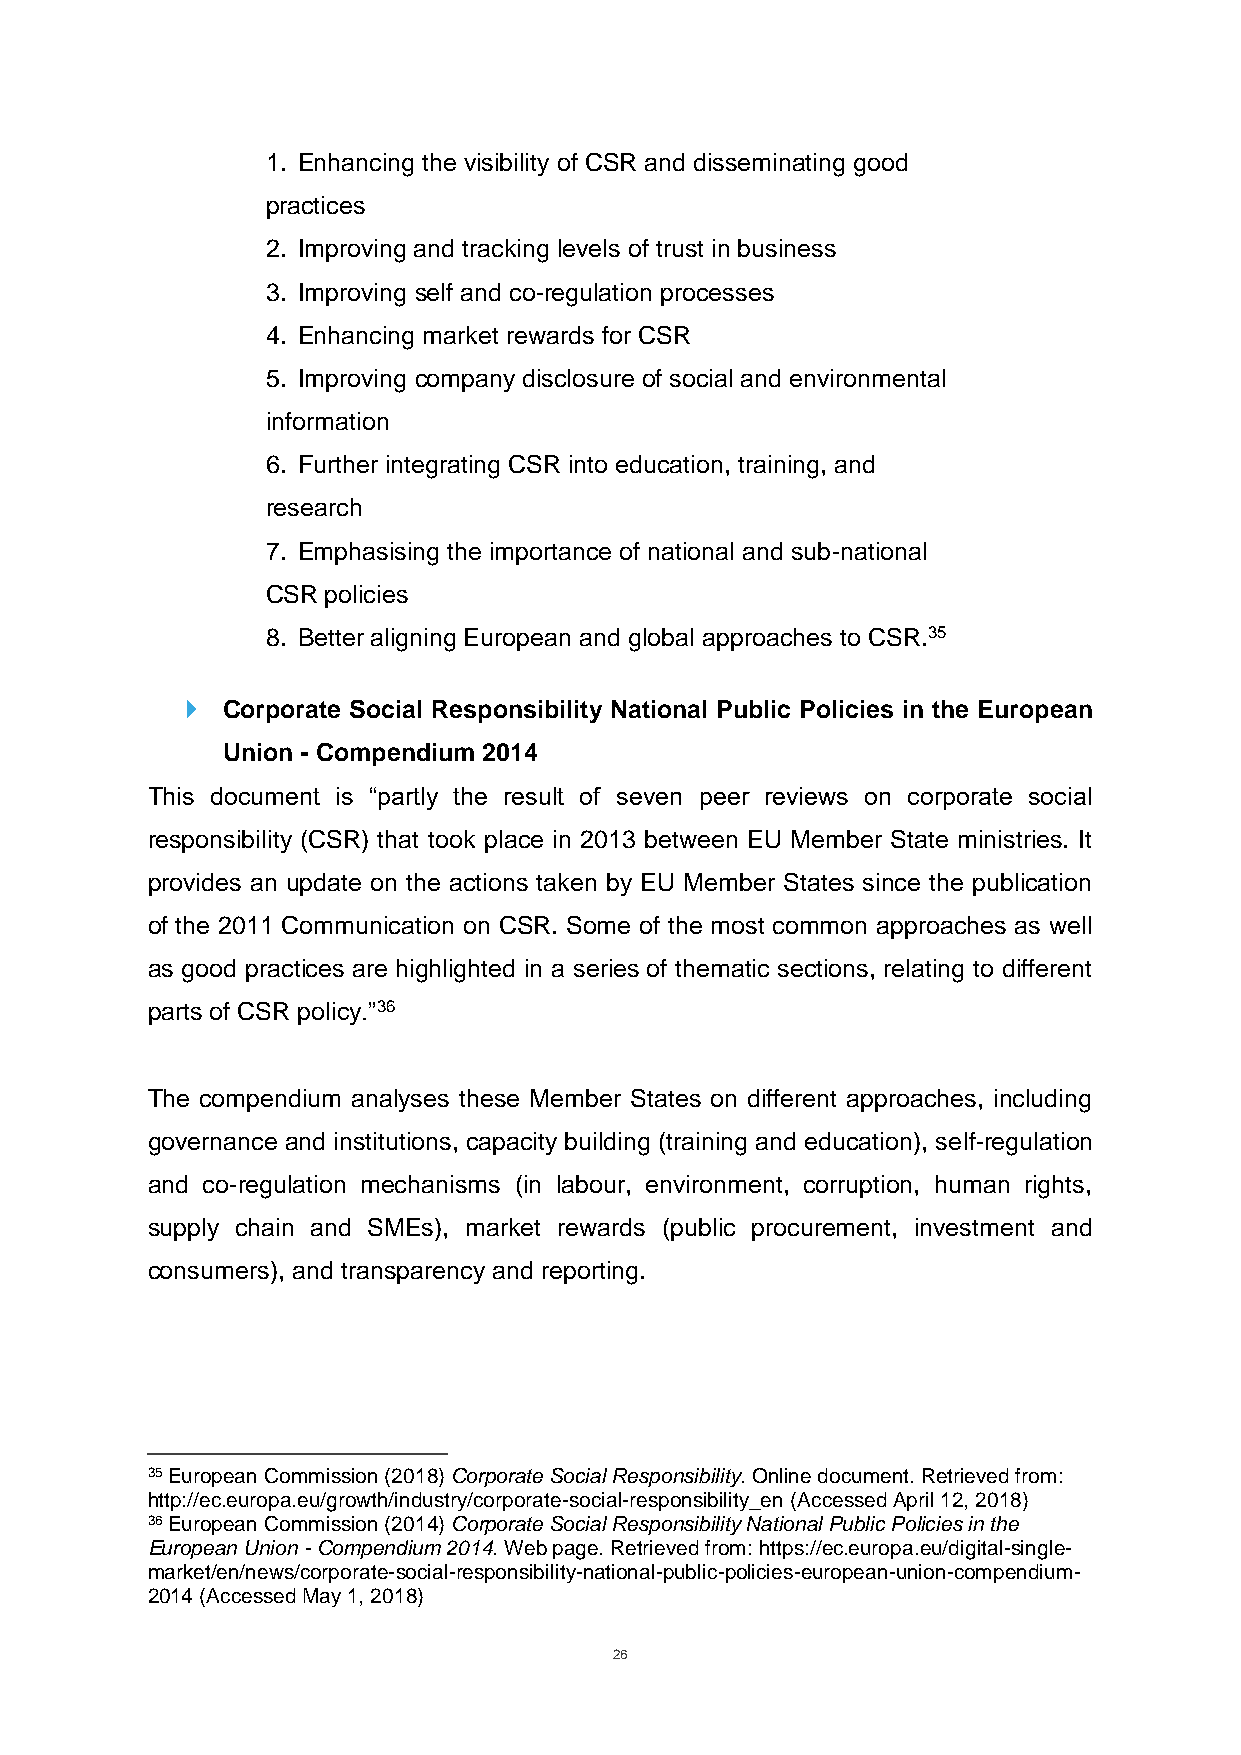
1. Enhancing the visibility of CSR and disseminating good
 practices
 2. Improving and tracking levels of trust in business
 3. Improving self and co-regulation processes
 4. Enhancing market rewards for CSR
 5. Improving company disclosure of social and environmental
 information
 6. Further integrating CSR into education, training, and
 research
 7. Emphasising the importance of national and sub-national
 CSR policies
 8. Better aligning European and global approaches to CSR.35
   Corporate Social Responsibility National Public Policies in the European
 Union - Compendium 2014
 This document is “partly the result of seven peer reviews on corporate social
 responsibility (CSR) that took place in 2013 between EU Member State ministries. It
 provides an update on the actions taken by EU Member States since the publication
 of the 2011 Communication on CSR. Some of the most common approaches as well
 as good practices are highlighted in a series of thematic sections, relating to different
 parts of CSR policy.”36
 The compendium analyses these Member States on different approaches, including
 governance and institutions, capacity building (training and education), self-regulation
 and co-regulation mechanisms (in labour, environment, corruption, human rights,
 supply chain and SMEs), market rewards (public procurement, investment and
 consumers), and transparency and reporting.
 35 European Commission (2018) Corporate Social Responsibility. Online document. Retrieved from:
 http://ec.europa.eu/growth/industry/corporate-social-responsibility_en (Accessed April 12, 2018)
 36 European Commission (2014) Corporate Social Responsibility National Public Policies in the
 European Union - Compendium 2014. Web page. Retrieved from: https://ec.europa.eu/digital-single-
 market/en/news/corporate-social-responsibility-national-public-policies-european-union-compendium-
 2014 (Accessed May 1, 2018)
 26